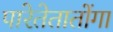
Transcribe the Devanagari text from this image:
पारेतेतातोंगा